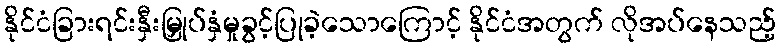
နိုင်ငံခြားရင်းနှီးမြှုပ်နှံမှုခွင့်ပြုခဲ့သောကြောင့် နိုင်ငံအတွက် လိုအပ်နေသည့်